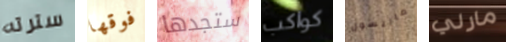
سترته فوقها ستجدها كواكب ماريسول مارلي